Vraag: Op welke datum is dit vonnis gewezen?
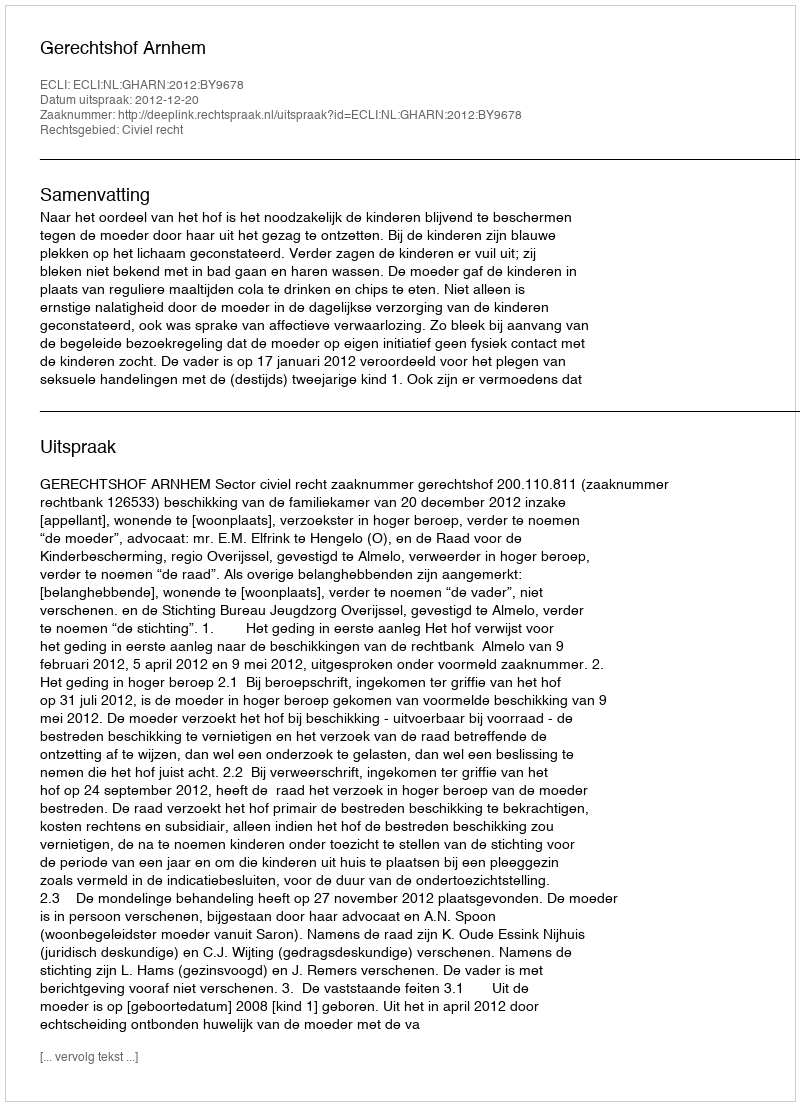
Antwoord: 2012-12-20